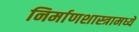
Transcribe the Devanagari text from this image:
निर्माणशास्त्रामध्ये